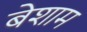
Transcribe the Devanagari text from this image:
बेशाम